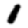
Digit: 1